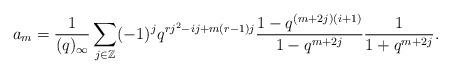
LaTeX: \begin{align*}a_m=\frac{1}{(q)_\infty}\sum_{j\in\mathbb{Z}}(-1)^jq^{rj^2-ij+m(r-1)j}\frac{1-q^{(m+2j)(i+1)}}{1-q^{m+2j}}\frac{1}{1+q^{m+2j}}.\end{align*}